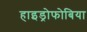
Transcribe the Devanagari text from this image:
हाइड्रोफोबिया